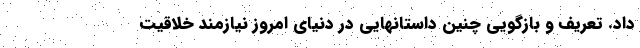
داد. تعریف و بازگویی چنین داستانهایی در دنیای امروز نیازمند خلاقیت